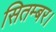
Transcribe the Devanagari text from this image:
सितम्बर।